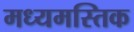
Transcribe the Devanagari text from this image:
मध्यमस्तिक